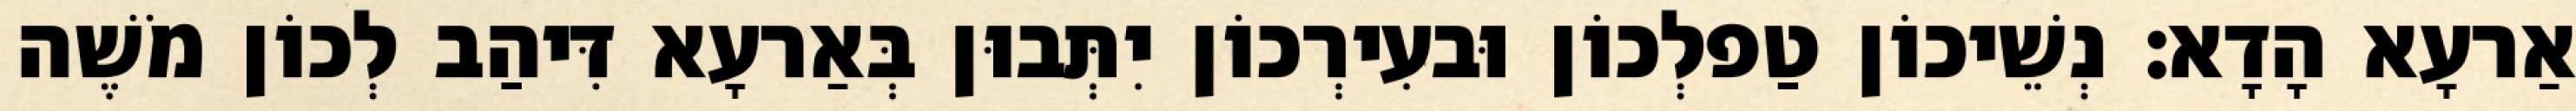
אַרעָא הָדָא׃ נְשֵׁיכוֹן טַפלְכוֹן וּבעִירְכוֹן יִתְּבוּן בְּאַרעָא דִּיהַב לְכוֹן מֹשֶׁה